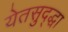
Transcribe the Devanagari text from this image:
येतसुद्द्धा